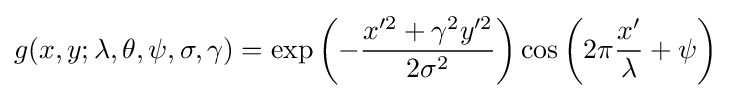
g(x,y;\lambda ,\theta ,\psi ,\sigma ,\gamma )=\exp \left(-{\frac {x'^{2}+\gamma ^{2}y'^{2}}{2\sigma ^{2}}}\right)\cos \left(2\pi {\frac {x'}{\lambda }}+\psi \right)